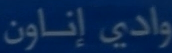
واديً إناون